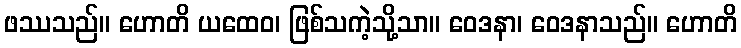
ဖဿသည်။ ဟောတိ ယထေဝ၊ ဖြစ်သကဲ့သို့သာ။ ဝေဒနာ၊ ဝေဒနာသည်။ ဟောတိ